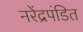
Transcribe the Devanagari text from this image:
नरेंद्रपंडित